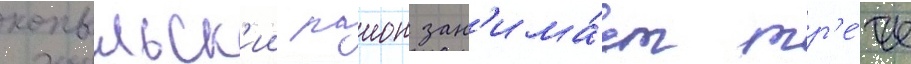
копыльск'ии раион зан'има́ет тр'е́тье